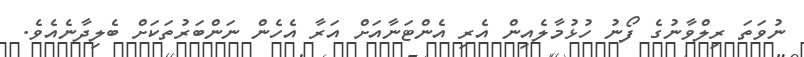
ނުވަތަ ރިލްވާނުގެ ފޯނު ހުޅުމާލެއިން އެރި އެންޓަނާއަށް އަރާ އެހެން ނަންބަރުތަކަށް ބެލިދާނެއެވެ.